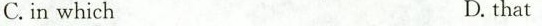
C.in which D. that